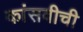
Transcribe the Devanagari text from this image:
कांसवीची